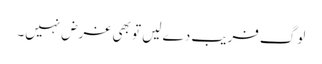
لوگ فریب دے لیں تو بھی غرض نہیں۔